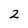
Character: 2